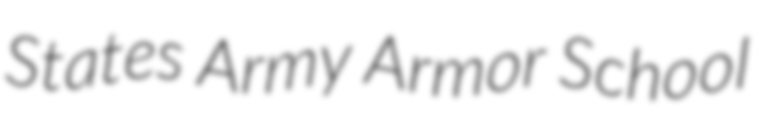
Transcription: States Army Armor School